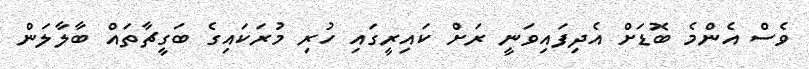
ވެސް އެންމެ ބޮޑަށް އެދިފައިވަނީ ރަަށް ކައިރީގައި ހުރި މުރަކައިގެ ބަގީޗާތައް ބާލާލަން